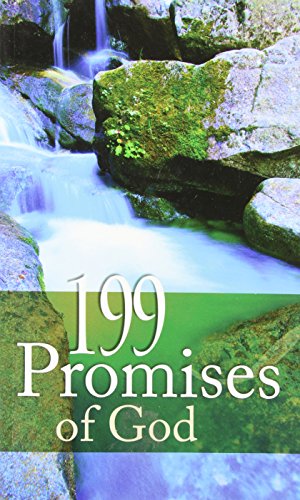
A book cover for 199 Promises Of God (Value Books); Barbour Publishing; Religion & Spirituality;